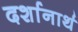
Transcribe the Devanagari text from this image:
दर्शानार्थ